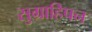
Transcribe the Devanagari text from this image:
सुग्राहिपन